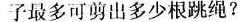
子最多可剪出多少根跳绳?